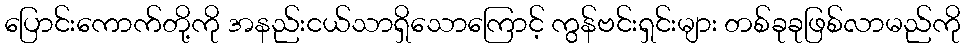
ပြောင်းကောက်တို့ကို အနည်းငယ်သာရှိသောကြောင့် ကွန်ဗင်းရှင်းများ တစ်ခုခုဖြစ်လာမည်ကို